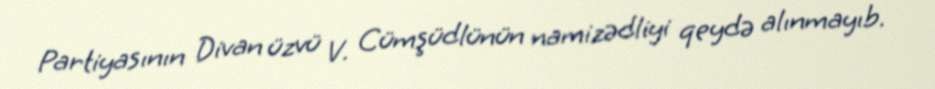
Partiyasının Divan üzvü V. Cümşüdlünün namizədliyi qeydə alınmayıb.